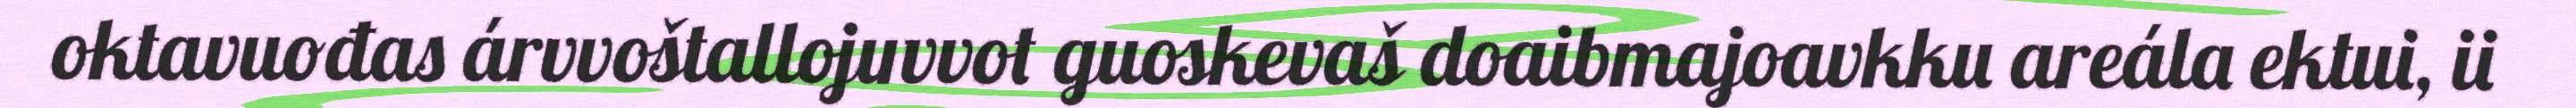
oktavuođas árvvoštallojuvvot guoskevaš doaibmajoavkku areála ektui, ii